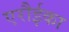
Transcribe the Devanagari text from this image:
एरौईका